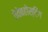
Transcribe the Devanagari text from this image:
वेवेबहोस्टिंग